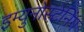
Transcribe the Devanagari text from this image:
इम्युनोस्टेनिंग